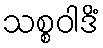
သစ္စဝါဒိံ